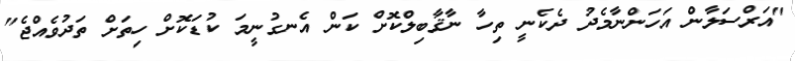
"އަރްސަލާން އަހަންނާމެދު ދެކެނީ ތިހާ ނާޤާބިލްކޮށް ކަން އެނގުނީމަ ކުޑަކޮށް ހިތަށް ތަދުވެއްޖެ"